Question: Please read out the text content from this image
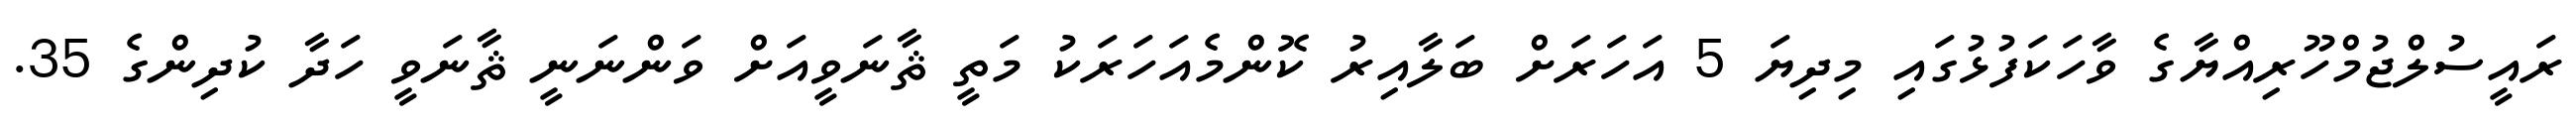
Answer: ރައީސުލްޖުމްހޫރިއްޔާގެ ވާހަކަފުޅުގައި މިދިޔަ 5 އަހަރަށް ބަލާއިރު ކޮންމެއަހަރަކު މަތީ ޘާނަވީއަށް ވަންނަނީ ޘާނަވީ ހަދާ ކުދިންގެ 35.